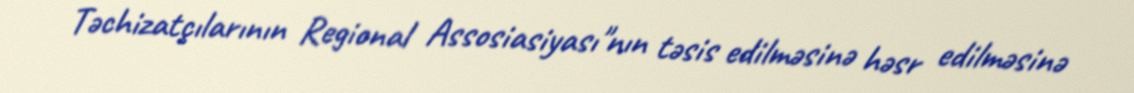
Təchizatçılarının Regional Assosiasiyası"nın təsis edilməsinə həsr edilməsinə